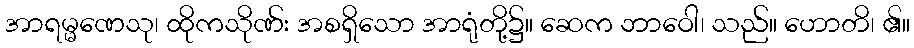
အာရမ္မဏေသု၊ ထိုကသိုဏ်း အစရှိသော အာရုံတို့၌။ ဆေက ဘာဝေါ၊ သည်။ ဟောတိ၊ ၏။